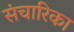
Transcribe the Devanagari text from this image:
संचारिका